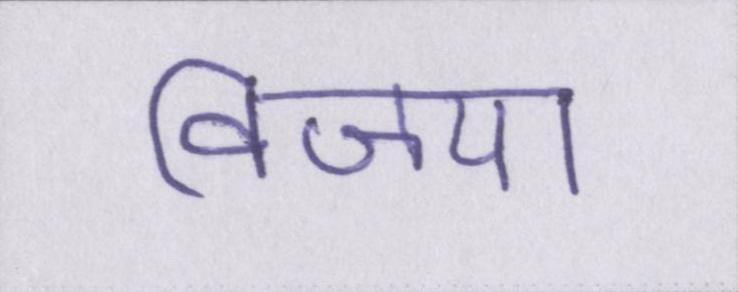
विजया